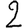
Digit: 2